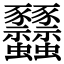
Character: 𧲟